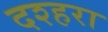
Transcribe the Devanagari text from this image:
दश्हरा